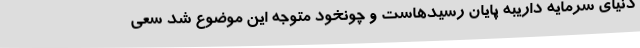
دنیای سرمایه داریبه پایان رسیدهاست و چونخود متوجه این موضوع شد سعی